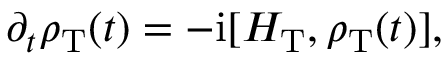
\partial _ { t } \rho _ { \mathrm { T } } ( t ) = - \mathrm { i } [ H _ { \mathrm { T } } , \rho _ { \mathrm { T } } ( t ) ] ,